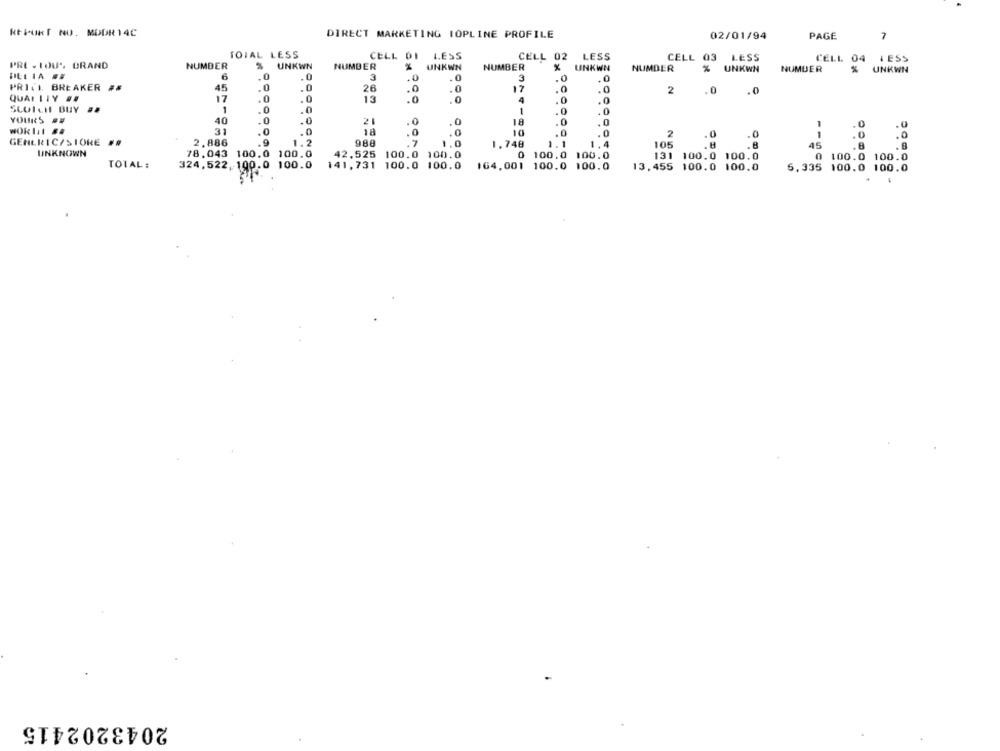
RtPOR NO. MODR 14C
DIRECT MARKETING TOPLINE PROFILE
02/01/94
PAGE
7
TOIAL LESS
CELL 02
LESS
CELL 03
LESS
CELL 04 LESS
PRE - LOU'. GRAND
NUMBER
NUMBER
NUMBER
NUMBER
%
UNKWN
NUMBER
% UNKWN
PRIVI BREAKER #
2
.0
QUALITY ##
.0
SCOTCH BUY
1
YOURS
WORIN1
2
.0
.0
-
.0
GENERIC/STORE #.
105
45
.8
UNKNOWN
78.043 100.0
42,525
100.0
100.0
0 100.0 100.0
131 100.0 100.0
0 100.0 100.0
TOLAL :
324,522, 100.0 100.0
141,731 100.0 100.0
164,001 100.0 100.0
13,455 100.0 100.0
6,335 100.0 100.0
2043202415